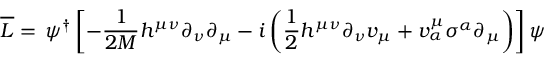
\overline { { { { \cal { L } } } } } = \, \psi ^ { \dagger } \left[ - \frac { 1 } { 2 M } h ^ { \mu \nu } \partial _ { \nu } \partial _ { \mu } - i \left( \frac { 1 } { 2 } h ^ { \mu \nu } \partial _ { \nu } v _ { \mu } + v _ { \alpha } ^ { \mu } \sigma ^ { \alpha } \partial _ { \mu } \right) \right] \psi